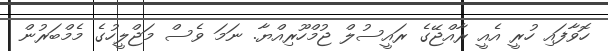
ހޮވާފައި ހުރީ އެއީ ރާއްޖޭގެ ރަައީސުލް ޖުމްހޫރިއްޔާ. ނަމަ ވެސް މަޖްލީހުގެ މެމްބަރުން